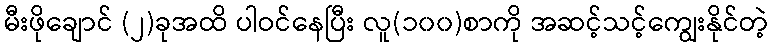
မီးဖိုချောင် (၂)ခုအထိ ပါဝင်နေပြီး လူ(၁၀၀)စာကို အဆင့်သင့်ကျွေးနိုင်တဲ့